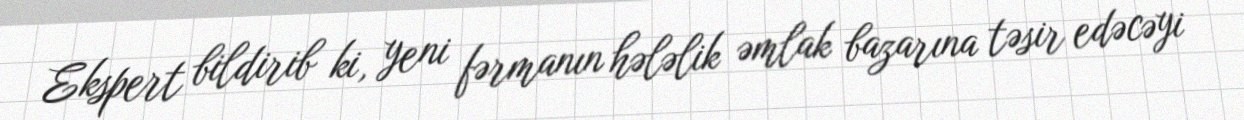
Ekspert bildirib ki, yeni fərmanın hələlik əmlak bazarına təsir edəcəyi